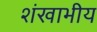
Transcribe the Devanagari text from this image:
शंखाभीय